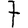
Digit: 7